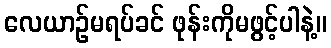
လေယာဉ်မရပ်ခင် ဖုန်းကိုမဖွင့်ပါနဲ့။